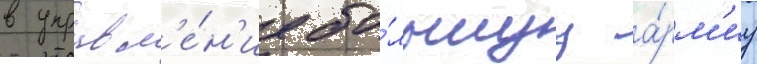
в управл'е́н'ие бо́льшуу а́рм'иу